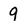
Character: 9